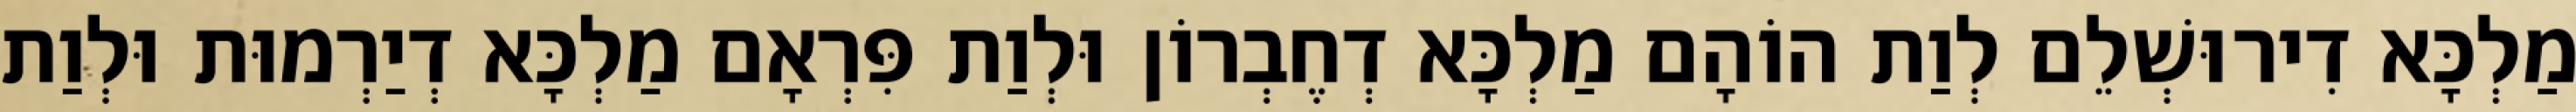
מַלְכָּא דִירוּשְׁלֵם לְוַת הוֹהָם מַלְכָּא דְחֶבְרוֹן וּלְוַת פִּרְאָם מַלְכָּא דְיַרְמוּת וּלְוַת